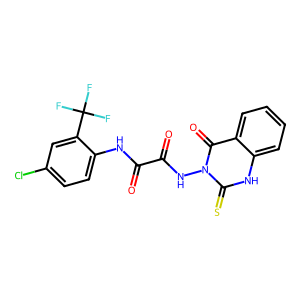
SMILES: O=C(Nc1ccc(Cl)cc1C(F)(F)F)C(=O)Nn1c(=S)[nH]c2ccccc2c1=O
Inhibits HIV replication: No